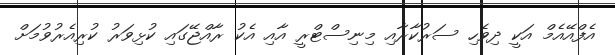
އެފްއޭއެމް އަކީ ދިވެހި ސަރުކާރާއި މިނިސްޓްރީ އާއި އެކު ރާއްޖޭގައި ކުޅިވަރު ކުރިއެރުވުމަށް